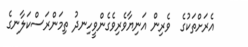
އެރަށްތަކުގެ  ވެރިން އަނިޔާވެރިވެގެންވީހިނދު ތިމަންރަސްކަލާނގެ